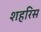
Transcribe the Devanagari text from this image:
शहरिस